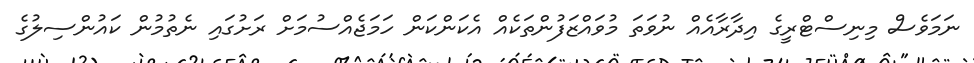
ނަމަވެސް މިނިސްޓްރީގެ އިދާރާއެއް ނުވަތަ މުވައްޒަފުންތަކެއް އެކަންކަން ހަމަޖެއްސުމަށް ރަށުގައި ނެތުމުން ކައުންސިލުގެ